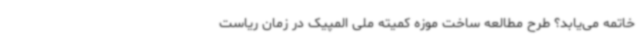
خاتمه می‌یابد؟ طرح مطالعه ساخت موزه کمیته ملی المپیک در زمان ریاست